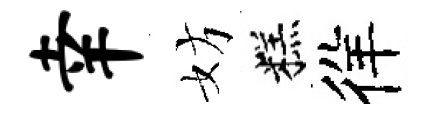
幸妨糕徉